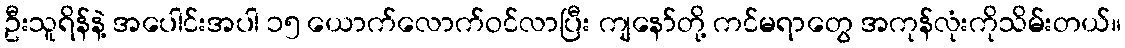
ဦးသူရိန်နဲ့ အပေါင်းအပါ ၁၅ ယောက်လောက်ဝင်လာပြီး ကျနော်တို့ ကင်မရာတွေ အကုန်လုံးကိုသိမ်းတယ်။